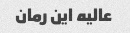
عالیه این رمان